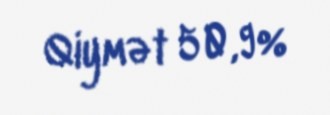
Qiymət 50,9%